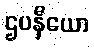
ဌပနီယော